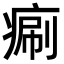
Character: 𤷯